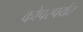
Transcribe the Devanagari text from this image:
कोपरपर्यंत